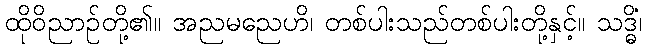
ထိုဝိညာဉ်တို့၏။ အညမညေဟိ၊ တစ်ပါးသည်တစ်ပါးတို့နှင့်။ သဒ္ဓိံ၊